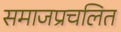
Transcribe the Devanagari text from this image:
समाजप्रचलित